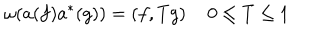
\omega ( a ( f ) a ^ { * } ( g ) ) = \left( f , T g \right) \quad 0 \leq T \leq 1